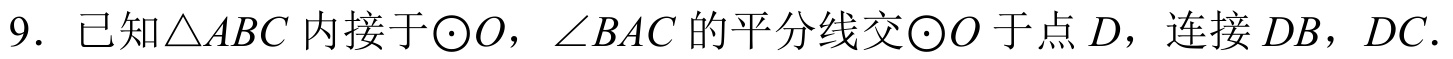
9. 已知\(\triangle ABC\)内接于\(\odot O\)，\(\angle BAC\)的平分线交\(\odot O\)于点\(D\)，连接\(DB\)，\(DC\)．